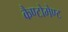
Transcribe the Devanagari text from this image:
कैण्‍टोमेण्‍ट